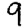
Digit: 9